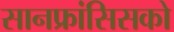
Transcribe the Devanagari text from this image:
सानफ्रांसिसको